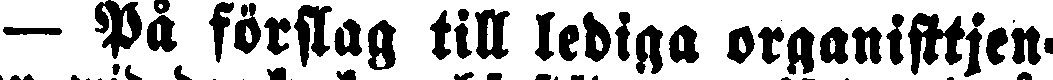
- På förslag till lediga organisttjen-